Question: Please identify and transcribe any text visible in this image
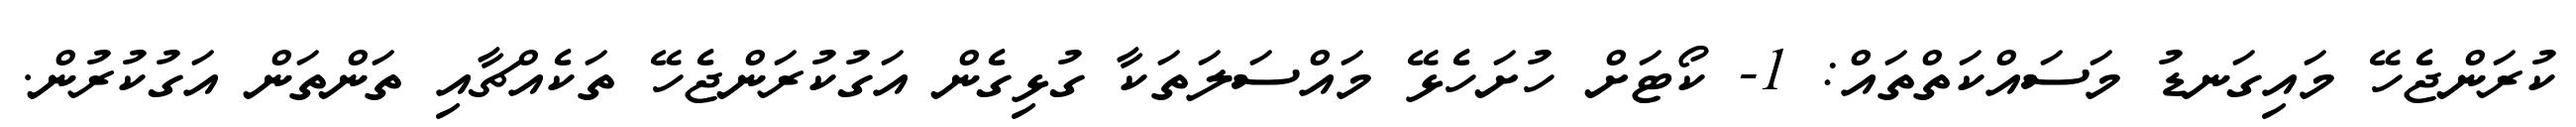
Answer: ކުރަންޖެހޭ މައިގަނޑު މަސައްކަތްތައް: 1- ކޯޓަށް ހުށަހެޅޭ މައްސަލަތަކާ ގުޅިގެން އަގުކުރަންޖެހޭ ތަކެއްޗާއި ތަންތަން އަގުކުރުން.